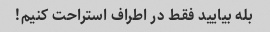
بله بیایید فقط در اطراف استراحت کنیم!